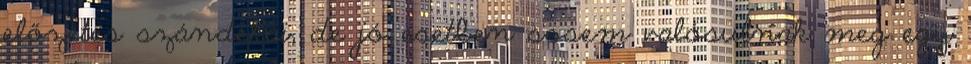
előzetes szándékai, de jó esetben sosem valósulnak meg egy